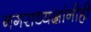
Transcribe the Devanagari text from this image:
नगराध्यक्षांनीही